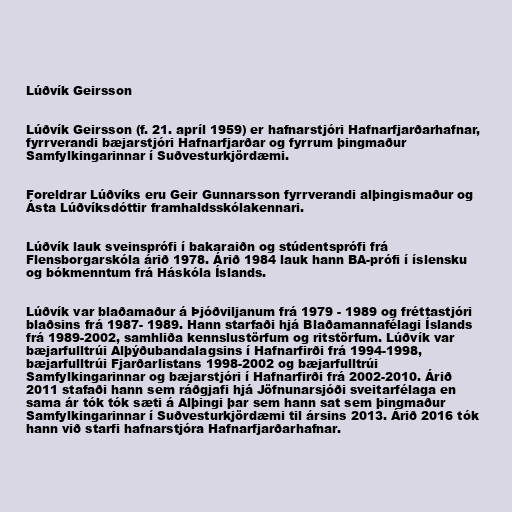
Lúðvík Geirsson

Lúðvík Geirsson (f. 21. apríl 1959) er hafnarstjóri Hafnarfjarðarhafnar,
fyrrverandi bæjarstjóri Hafnarfjarðar og fyrrum þingmaður
Samfylkingarinnar í Suðvesturkjördæmi.

Foreldrar Lúðvíks eru Geir Gunnarsson fyrrverandi alþingismaður og
Ásta Lúðvíksdóttir framhaldsskólakennari.

Lúðvík lauk sveinsprófi í bakaraiðn og stúdentsprófi frá
Flensborgarskóla árið 1978. Árið 1984 lauk hann BA-prófi í íslensku
og bókmenntum frá Háskóla Íslands.

Lúðvík var blaðamaður á Þjóðviljanum frá 1979 - 1989 og fréttastjóri
blaðsins frá 1987- 1989. Hann starfaði hjá Blaðamannafélagi Íslands
frá 1989-2002, samhliða kennslustörfum og ritstörfum. Lúðvík var
bæjarfulltrúi Alþýðubandalagsins í Hafnarfirði frá 1994-1998,
bæjarfulltrúi Fjarðarlistans 1998-2002 og bæjarfulltrúi
Samfylkingarinnar og bæjarstjóri í Hafnarfirði frá 2002-2010. Árið
2011 stafaði hann sem ráðgjafi hjá Jöfnunarsjóði sveitarfélaga en
sama ár tók tók sæti á Alþingi þar sem hann sat sem þingmaður
Samfylkingarinnar í Suðvesturkjördæmi til ársins 2013. Árið 2016 tók
hann við starfi hafnarstjóra Hafnarfjarðarhafnar.